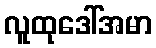
လူထုဒေါ်အမာ